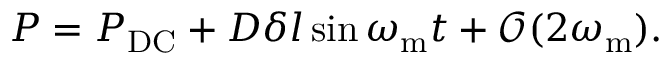
\begin{array} { r } { P = P _ { \mathrm { D C } } + D \delta l \sin \omega _ { \mathrm { m } } t + \mathcal { O } ( 2 \omega _ { \mathrm { m } } ) . } \end{array}